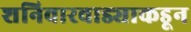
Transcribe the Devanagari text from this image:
शनिवारवाड्याकडून